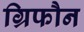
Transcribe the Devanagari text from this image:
ग्रिफौन